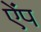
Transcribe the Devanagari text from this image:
ऐंप